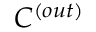
C ^ { ( o u t ) }